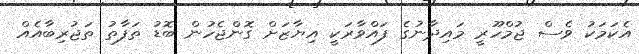
އެކަމަކު ވެސް ޖުމްހޫރީ މައިދާނުގެ ފައްވާރަކީ އިޔާޒަށް ގޮންޖެހުން ބޮޑު ތަފާތު ތަޖުރިބާއެއް